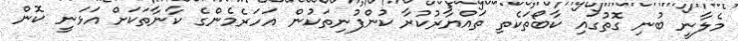
މެލާނީ ބުނި ގޮތުގައި ކާބޯތަކެތި ތައްޔާރުކުރާ ކުންފުނިތަކުން އަހަރެމެންގެ ކާނާތަކަށް އަޅަނީ ކޮން